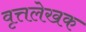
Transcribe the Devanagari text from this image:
वृत्तलेखक